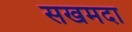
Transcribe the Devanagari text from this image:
सखमदा